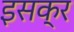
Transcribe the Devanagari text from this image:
इसक्र